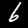
Label: 6